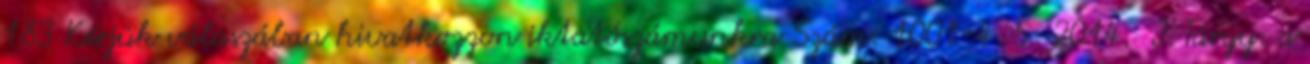
183 Kérjük válaszában hivatkozzon iktatószámunkra Szám: 1001-4 5 2014. I. Tárgy: a